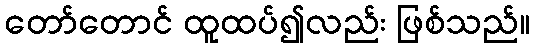
တော်တောင် ထူထပ်၍လည်း ဖြစ်သည်။